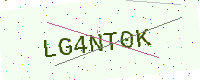
Text: LG4NT0K